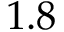
1 . 8